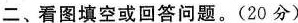
二、看图填空或回答问题。(20分)